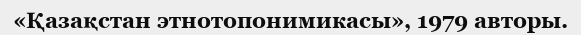
«Қазақстан этнотопонимикасы», 1979 авторы.